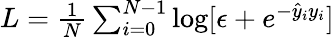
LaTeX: \begin{array}{r}{L=\frac{1}{N}\sum_{i=0}^{N-1}\log[\epsilon+e^{-\hat{y}_{i}y_{i}}]}\end{array}